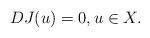
LaTeX: \begin{align*} DJ(u) = 0, u\in X.\end{align*}